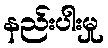
နည်းပါးမှု